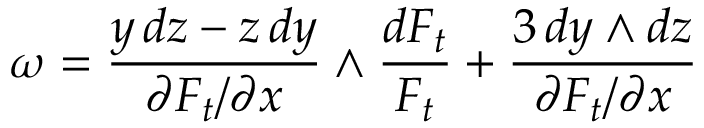
\omega = { \frac { y \, d z - z \, d y } { \partial F _ { t } / \partial x } } \wedge { \frac { d F _ { t } } { F _ { t } } } + { \frac { 3 \, d y \wedge d z } { \partial F _ { t } / \partial x } }